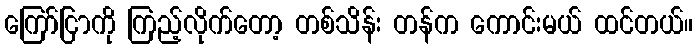
ကြော်ငြာကို ကြည့်လိုက်တော့ တစ်သိန်း တန်က ကောင်းမယ် ထင်တယ်။